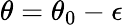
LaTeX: \theta=\theta_{0}-\epsilon